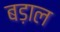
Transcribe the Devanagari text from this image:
बड़ाल